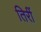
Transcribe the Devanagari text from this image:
तिरीं